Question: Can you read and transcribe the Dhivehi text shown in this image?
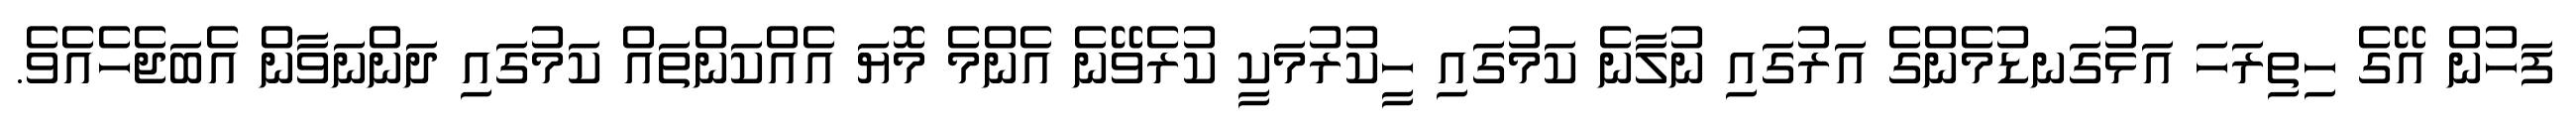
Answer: ފަހުން އޭގެ ހިތިރަހަ އަޅުގަނޑުމެންގެ އަރުގައި ނުލާނެ ކަމުގައި ހީކުރުމަކީ ކުރެވޭނެ އެންމެ މޮޔަ އެއްކަންތައް ކަމުގައި ދަންނަވާން އެބަޖެހެއެވެ.